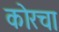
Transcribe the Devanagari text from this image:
कोरचा